Civil Veterinary Dept. Bombay admin report 1932-41 - 1932-1941
Year: 1932
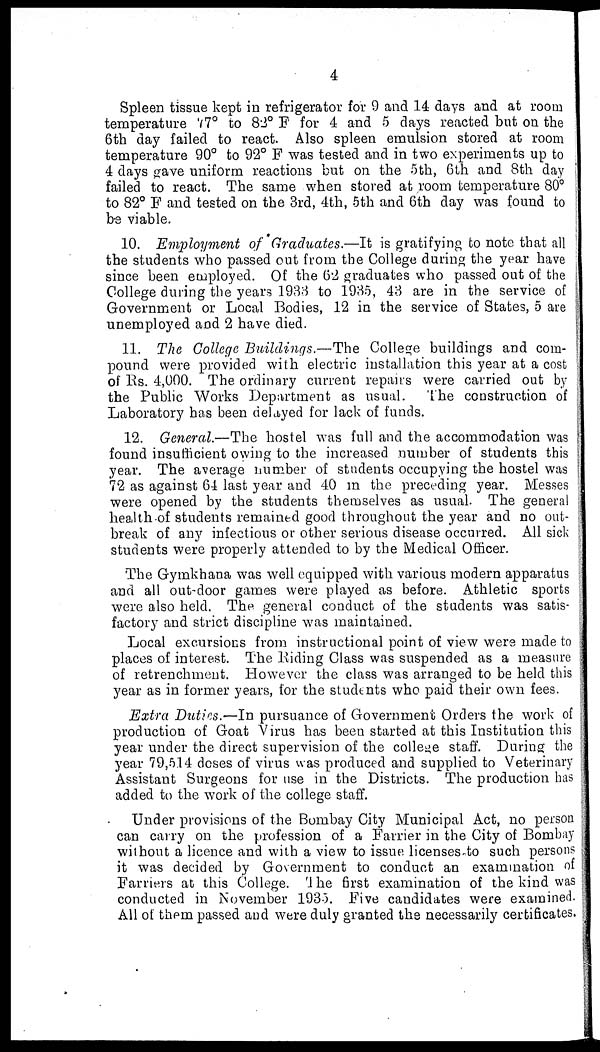
4
Spleen tissue kept in refrigerator for 9 and 14 days and at room
temperature 77° to 82° F for 4 and 5 days reacted but on the
6th day failed to react. Also spleen emulsion stored at room
temperature 90° to 92° F was tested and in two experiments up to
4 days gave uniform reactions but on the 5th, 6th and 8th day
failed to react. The same when stored at room temperature 80°
to 82° F and tested on the 3rd, 4th, 5th and 6th day was found to
be viable.
10. Employment of Graduates.—It is gratifying to note that all
the students who passed out from the College during the year have
since been employed. Of the 62 graduates who passed out of the
College during the years 1933 to 1935, 43 are in the service of
Government or Local Bodies, 12 in the service of States, 5 are
unemployed and 2 have died.
11. The College Buildings.—The College buildings and com-
pound were provided with electric installation this year at a cost
of Rs. 4,000. The ordinary current repairs were carried out by
the Public Works Department as usual.
The construction of
Laboratory has been delayed for lack of funds.
12. General.—The hostel was full and the accommodation was
found insufficient owing to the increased number of students this
year. The average number of students occupying the hostel was
72 as against 64 last year and 40 in the preceding year. Messes
were opened by the students themselves as usual. The general
health of students remained good throughout the year and no out-
break of any infectious or other serious disease occurred. All sick
students were properly attended to by the Medical Officer.
The Gymkhana was well equipped with various modern apparatus
and all out-door games were played as before. Athletic sports
were also held. The general conduct of the students was satis-
factory and strict discipline was maintained.
Local excursions from instructional point of view were made to
places of interest. The Riding Class was suspended as a measure
of retrenchment. However the class was arranged to be held this
year as in former years, for the students who paid their own fees.
Extra Duties.—In pursuance of Government Orders the work of
production of Goat Virus has been started at this Institution this
year under the direct supervision of the college staff. During the
year 79,514 doses of virus was produced and supplied to Veterinary
Assistant Surgeons for use in the Districts. The production has
added to the work of the college staff.
Under provisions of the Bombay City Municipal Act, no person
can carry on the profession of a Farrier in the City of Bombay
without a licence and with a view to issue licenses to such persons
it was decided by Government to conduct an examination of
Farriers at this College. The first examination of the kind was
conducted in November 1935. Five candidates were examined.
All of them passed and were duly granted the necessarily certificates.